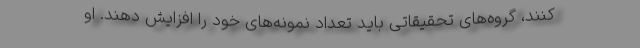
کنند، گروه‌های تحقیقاتی باید تعداد نمونه‌های خود را افزایش دهند. او